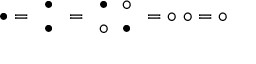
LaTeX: \bullet = { \begin{array} { l } { \bullet } \\ { \bullet } \end{array} } = { \begin{array} { l } { \bullet \ \ \circ } \\ { \circ \ \ \bullet } \end{array} } = \circ \ \circ = \circ